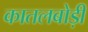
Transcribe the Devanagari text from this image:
कातलबोड़ी